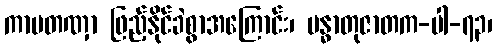
ကာမတဏှာ ဖြည့်နိုင်ခဲစွာအကြောင်း၊ မန္ဓာတုဇာတက-ပါ-၇၃၊